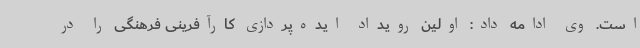
است. وی ادامه داد: اولین رویداد ایده‌پردازی کارآفرینی فرهنگی را در